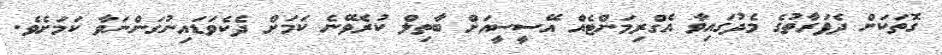
ގޮތަކަށް ދެފަރާތުގެ މެދުގައިވާ އެގްރިމަންޓެއް އޭސީސީއަށް ބާތިލް ކުރެވޭނެ ކަމަށް ދެކެވަޑައިނުގަންނަވާ ކަމަށެވެ.